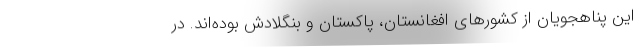
این پناهجویان از کشورهای افغانستان، پاکستان و بنگلادش بوده‌اند. در